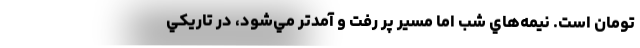
تومان است. نيمه‌هاي شب اما مسير پر رفت و آمد‌تر مي‌شود، در تاريكي